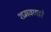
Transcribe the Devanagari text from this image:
शमवणारे